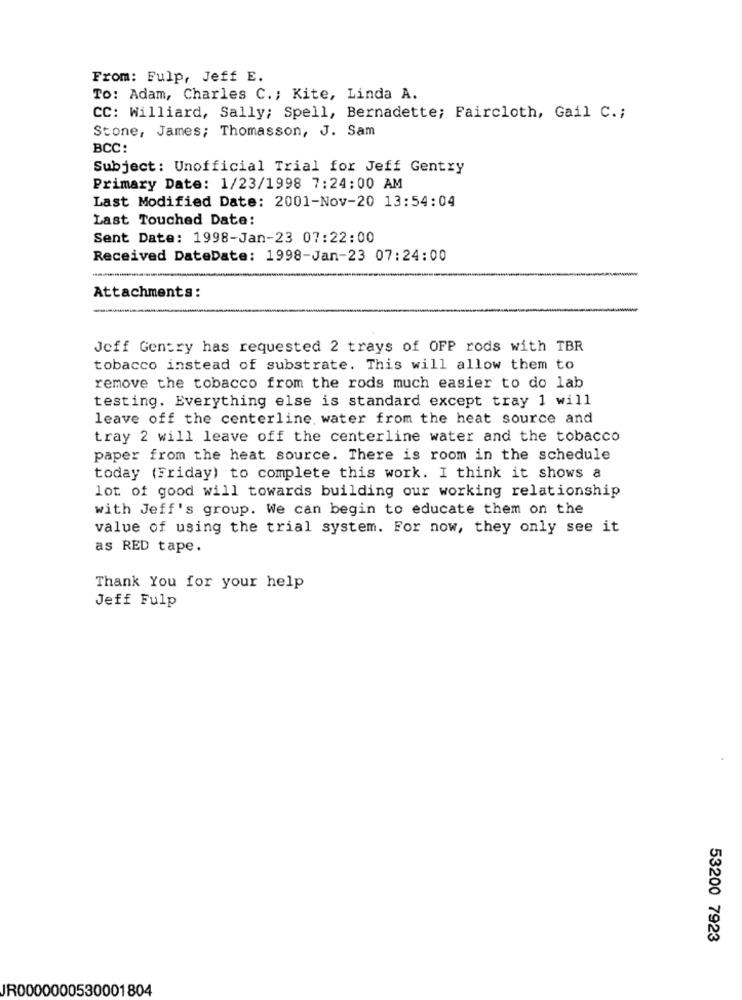
From: Fulp, Jeff E.
TO: Adam, Charles C .; Kite, Linda A.
CC: Williard, Sally; Spell, Bernadette; Faircloth, Gail C .;
Stone, James; Thomasson, J. Sam
BCC:
Subject: Unofficial Trial for Jeff Gentry
Primary Date: 1/23/1998 7:24:00 AM
Last Modified Date: 2001-Nov-20 13:54:04
Last Touched Date:
Sent Date: 1998-Jan-23 07:22:00
Received DateDate: 1998-Jan-23 07:24:00
-
Attachments:
Jeff Gentry has requested 2 trays of OFP rods with TBR
tobacco instead of substrate. This will allow them to
remove the tobacco from the rods much easier to do lab
testing. Everything else is standard except tray 1 will
leave off the centerline, water from the heat source and
tray 2 will leave off the centerline water and the tobacco
paper from the heat source. There is room in the schedule
today (Friday) to complete this work. I think it shows a
lot of good will towards building our working relationship
with Jeff's group. We can begin to educate them on the
value of using the trial system. For now, they only see it
as RED tape.
Thank You for your help
Jeff Fulp
53200 7923
JR0000000530001804